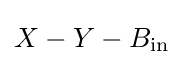
X-Y-B_{\text{in}}